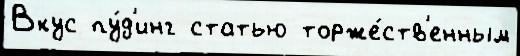
Вкус пу́д'инг статью торже́ств'енным